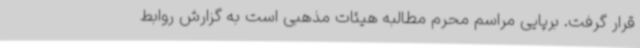
قرار گرفت. برپایی مراسم محرم مطالبه هیئات مذهبی است به گزارش روابط